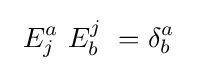
\ E_{j}^{a}\ E_{b}^{j}\ =\delta _{b}^{a}\